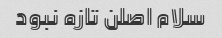
سلام اصلن تازه نبود